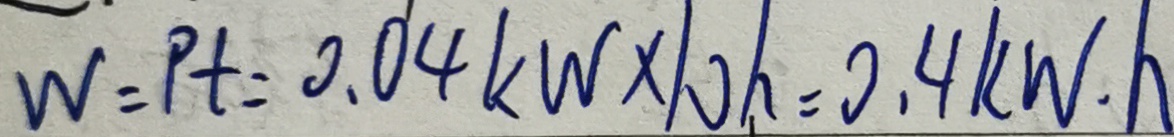
W = p t = 0 . 0 4 k W \times 1 0 h = 0 . 4 k W . h